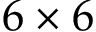
6 \times 6